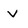
Character: v